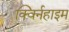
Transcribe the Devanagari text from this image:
क्विर्नहाइम